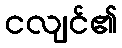
ငလျင်၏